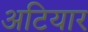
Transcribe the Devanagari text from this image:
अटियार